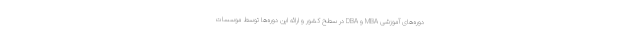
دوره‌های آموزشی MBA و DBA در سطح کشور و ارائه این دوره‌ها توسط موسسات